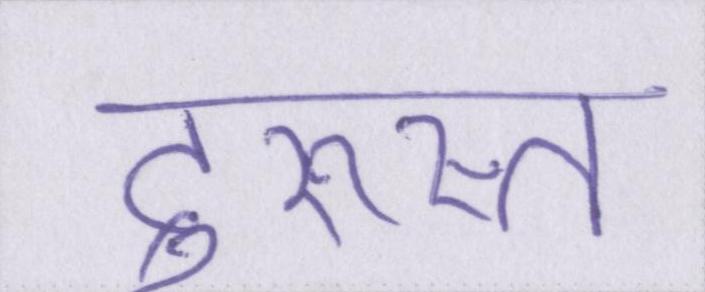
दुरुस्त